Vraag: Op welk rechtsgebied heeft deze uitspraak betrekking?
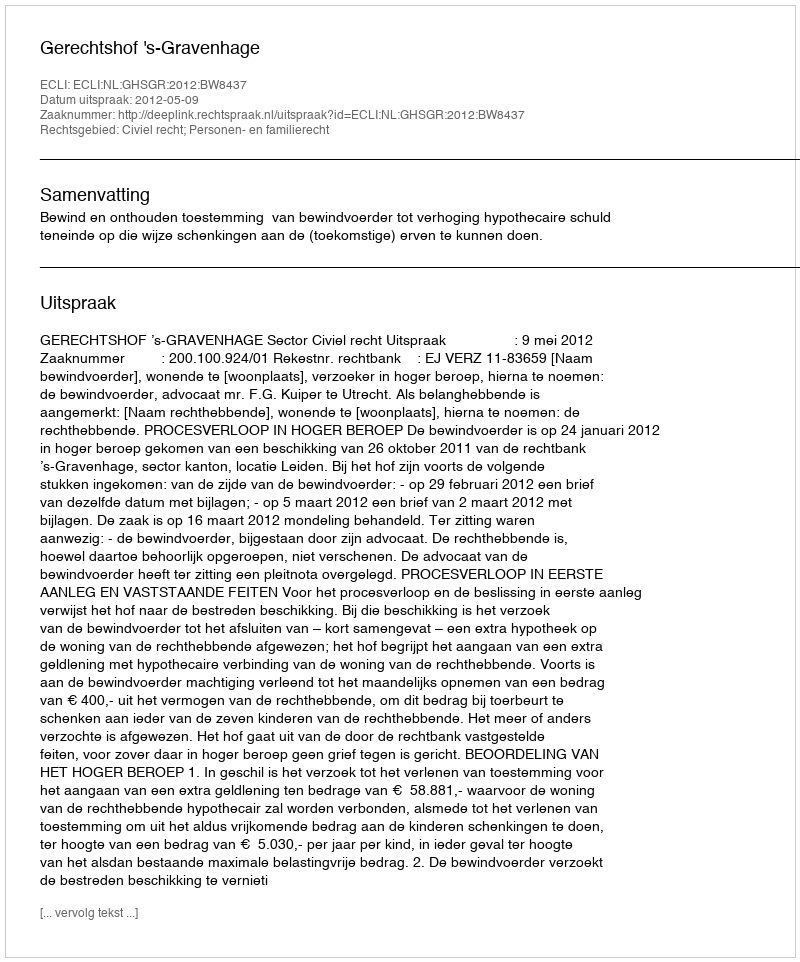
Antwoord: Civiel recht; Personen- en familierecht